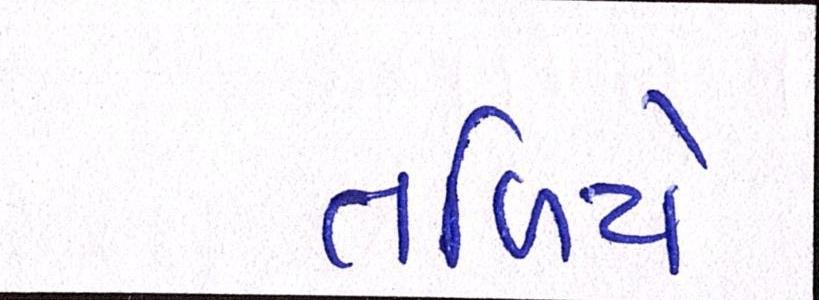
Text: તળિયે